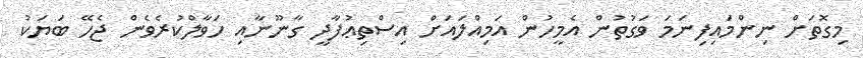
މިގޮތަށް ނިންމައިފިނަމަ ވަގުތުން އެމީހުން އަމިއްލައަށް އިސްތިޢުފާދީ ގާނޫނާއި ހަވާލްކުރެވެން ޖެހޭ ބަޔަކު